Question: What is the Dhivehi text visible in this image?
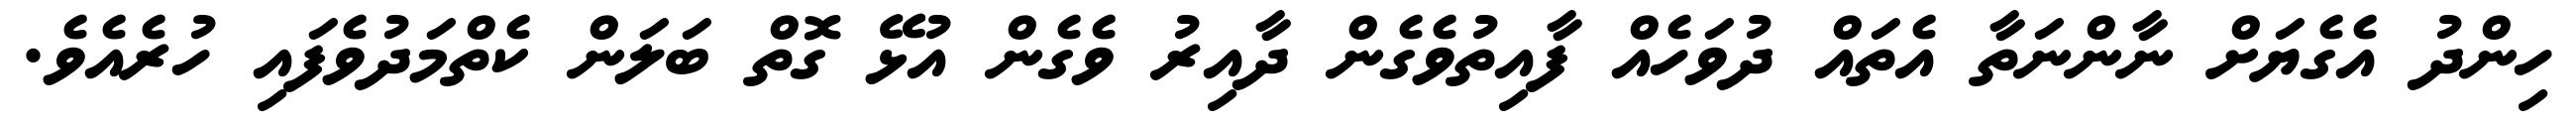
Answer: ހިންދު އެގެޔަށް ނާންނަތާ އެތައް ދުވަހެއް ފާއިތުވެގެން ދާއިރު ވެގެން އުޅޭ ގޮތް ބަލަން ކެތްމަދުވެފައި ހުރެއެވެ.